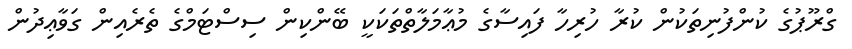
ގްރޫޕުގެ ކުންފުނިތަކުން ކުރާ ހުރިހާ ފައިސާގެ މުޢާމަލާތްތަކަކީ ބޭންކިން ސިސްޓަމްގެ ތެރެއިން ގަވާޢިދުން